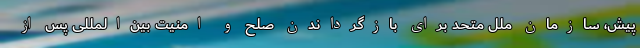
پیش، سازمان ملل متحد برای بازگرداندن صلح و امنیت بین‌المللی پس از